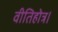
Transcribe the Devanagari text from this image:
वीतिहोत्र।